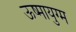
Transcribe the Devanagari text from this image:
ऊष्मायुग्म